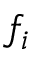
f _ { i }